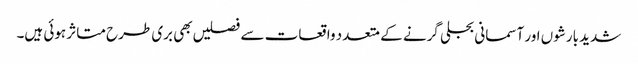
شدید بارشوں اور آسمانی بجلی گرنے کے متعدد واقعات سے فصلیں بھی بری طرح متاثر ہوئی ہیں۔